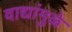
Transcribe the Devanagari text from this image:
वाद्यांमुळे